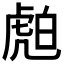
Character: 𧆽